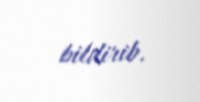
bildirib.